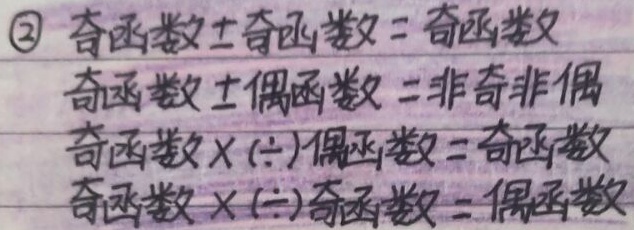
\textcircled{2} 奇函数 $\pm$ 奇函数 = 奇函数
奇函数 $\pm$ 偶函数 = 非奇非偶
奇函数 $\times(\div)$ 偶函数 = 奇函数
奇函数 $\times(\div)$ 奇函数 = 偶函数